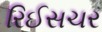
રિઈસચર